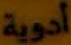
أدوية